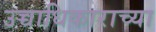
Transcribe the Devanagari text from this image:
उच्चाधिकाराच्या